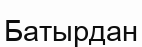
Батырдан